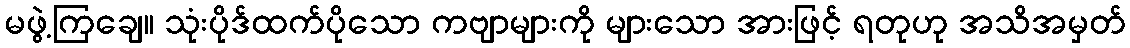
မဖွဲ့ကြချေ။ သုံးပိုဒ်ထက်ပိုသော ကဗျာများကို များသော အားဖြင့် ရတုဟု အသိအမှတ်